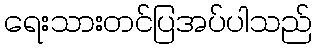
ရေးသားတင်ပြအပ်ပါသည်